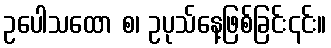
ဥပေါသထော စ၊ ဥပုသ်နေ့ဖြစ်ခြင်း၎င်း။